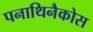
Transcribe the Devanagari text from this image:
पनाथिनैकोस